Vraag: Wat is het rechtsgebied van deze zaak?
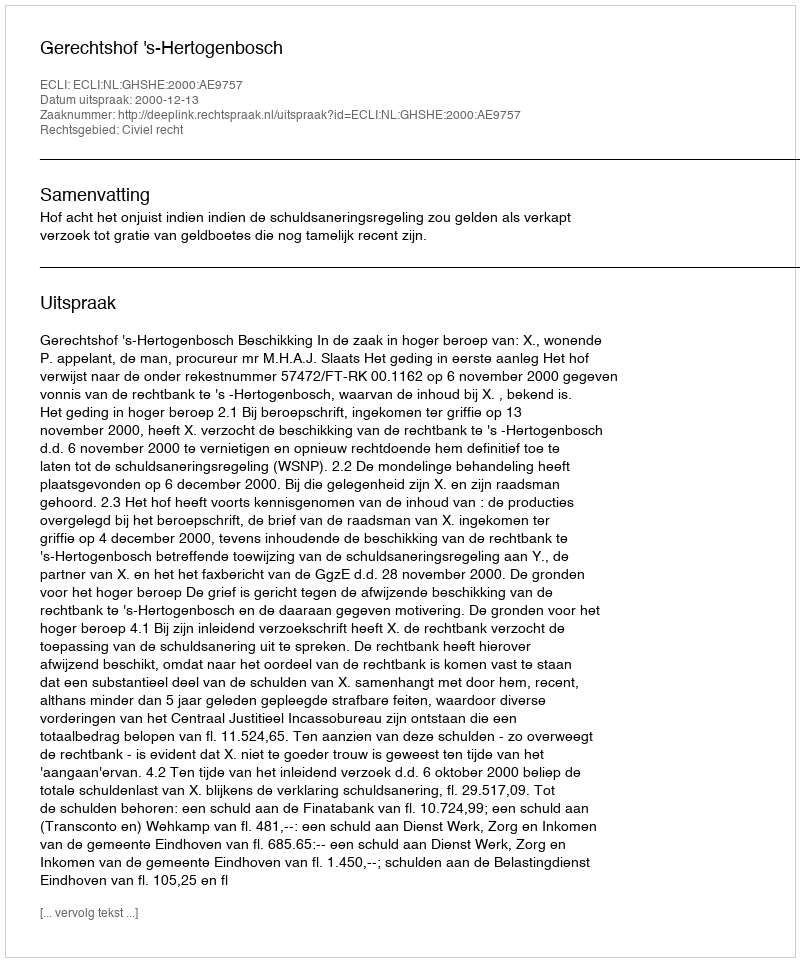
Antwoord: Civiel recht